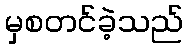
မှစတင်ခဲ့သည်